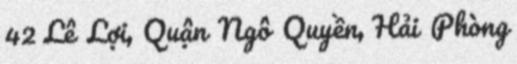
42 Lê Lợi, Quận Ngô Quyền, Hải Phòng